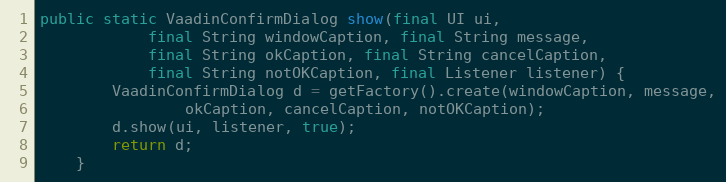
Language: Java
public static VaadinConfirmDialog show(final UI ui,
            final String windowCaption, final String message,
            final String okCaption, final String cancelCaption,
            final String notOKCaption, final Listener listener) {
        VaadinConfirmDialog d = getFactory().create(windowCaption, message,
                okCaption, cancelCaption, notOKCaption);
        d.show(ui, listener, true);
        return d;
    }